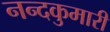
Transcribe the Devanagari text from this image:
नन्दकुमारी